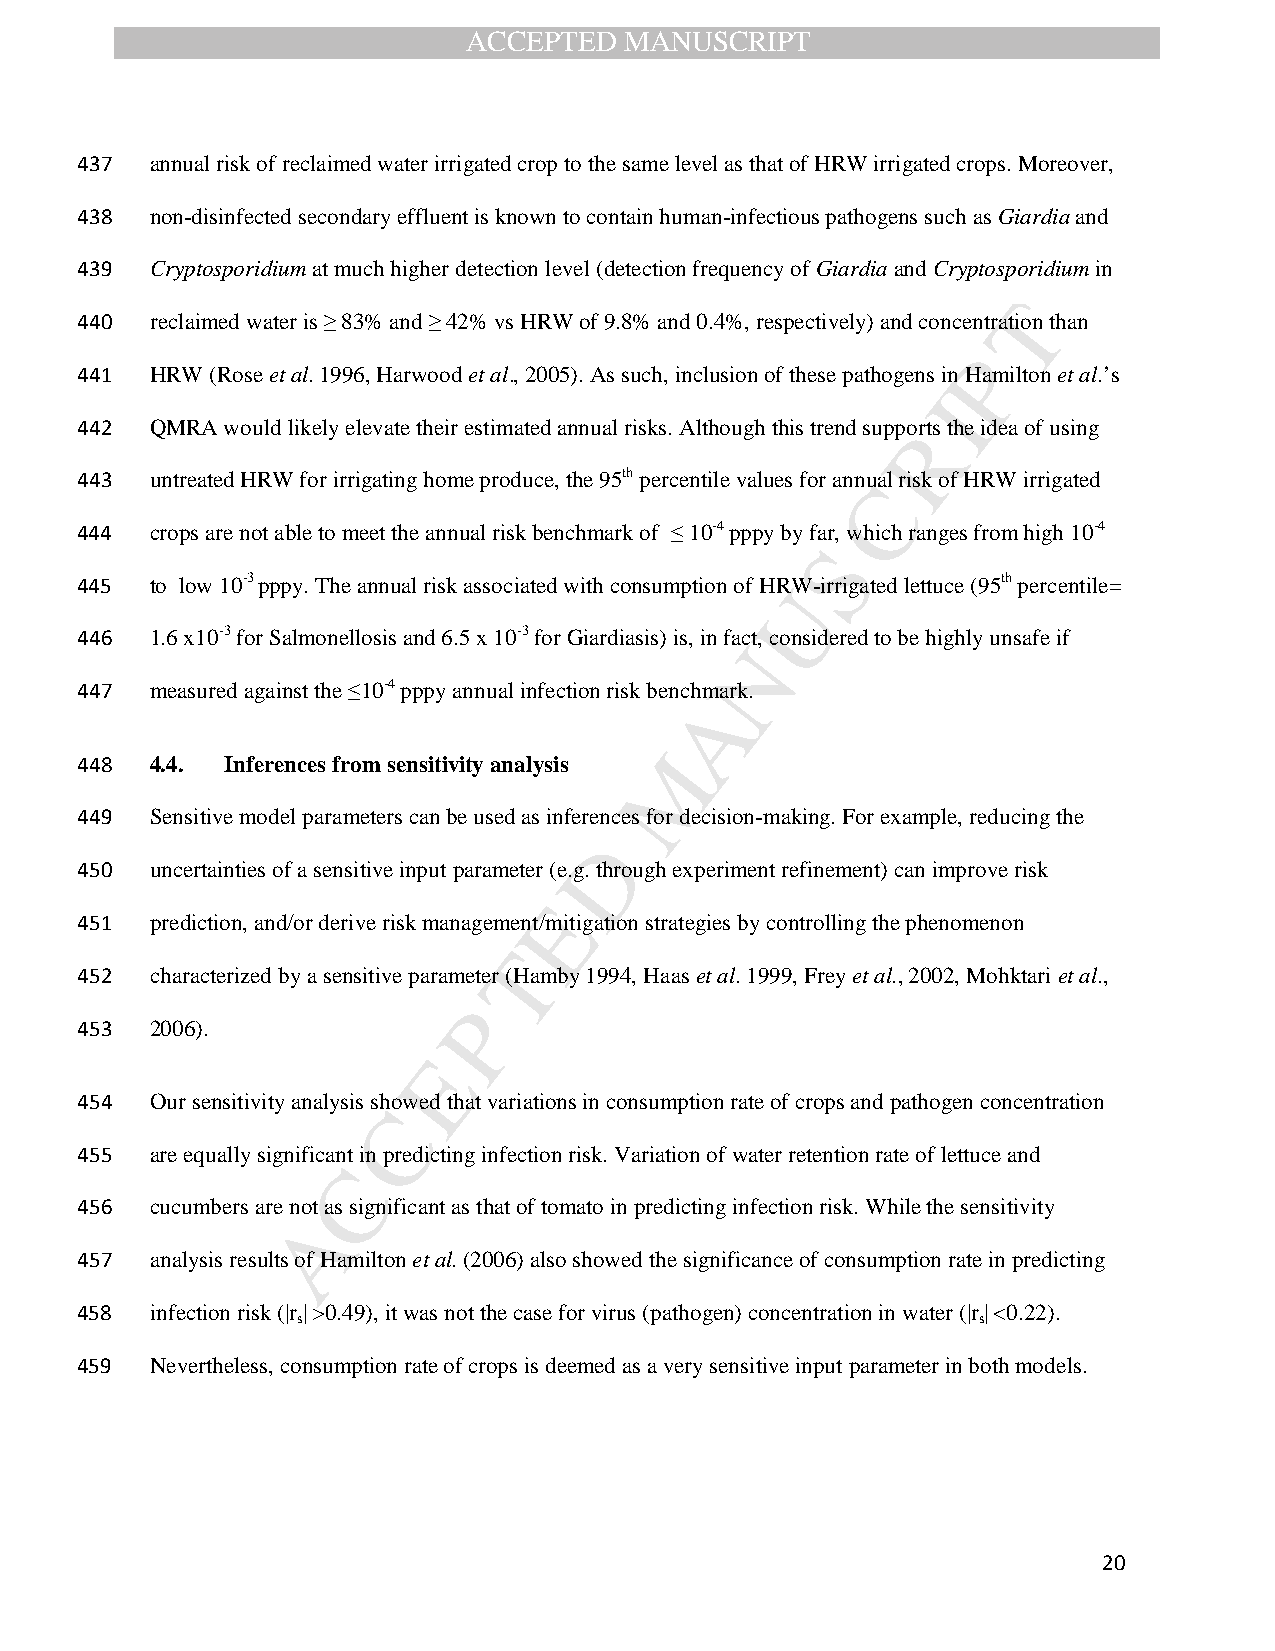
ACCEPTED  MANUSCRIPT
 437  annual risk of reclaimed water irrigated crop to the same level as that of HRW irrigated crops. Moreover,
 438  non-disinfected secondary effluent is known to contain human-infectious pathogens such as Giardia and
 439  Cryptosporidium at much higher detection level (detection frequency of Giardia and Cryptosporidium in
 T
 440  reclaimed water is ≥ 83% and ≥ 42% vs HRW of 9.8% and 0.4%, respectively) and concentration than
 P
 441  HRW (Rose et al. 1996, Harwood et al., 2005). As such, inclusion of these pathogens in Hamilton et al.’s
 I
 442  QMRA would likely elevate their estimated annual risks. Although this trend suppoRrts the idea of using
 443  untreated HRW for irrigating home produce, the 95th percentile values for annuCal risk of HRW irrigated
 444  crops are not able to meet the annual risk benchmark of ≤ 10-4 pppy by far, which ranges from high 10-4
 S
 445  to low 10-3 pppy. The annual risk associated with consumption of HRUW-irrigated lettuce (95th percentile=
 446  1.6 x10-3 for Salmonellosis and 6.5 x 10-3 for Giardiasis) is, in fact, considered to be highly unsafe if
 N
 447  measured against the ≤10-4 pppy annual infection risk benchmark.
 A
 M
 448  4.4. Inferences from sensitivity analysis
 449  Sensitive model parameters can be used as inferen ces for decision-making. For example, reducing the
 D
 450  uncertainties of a sensitive input parameter (e.g. through experiment refinement) can improve risk
 E
 451  prediction, and/or derive risk management/mitigation strategies by controlling the phenomenon
 T
 452  characterized by a sensitive parameter (Hamby 1994, Haas et al. 1999, Frey et al., 2002, Mohktari et al.,
 P
 453  2006).
 E
 454  Our sensitivity analysis showed that variations in consumption rate of crops and pathogen concentration
 C
 455  are equally significant in predicting infection risk. Variation of water retention rate of lettuce and
 C
 456  cucumbers are not as significant as that of tomato in predicting infection risk. While the sensitivity
 A
 457  analysis results of Hamilton et al. (2006) also showed the significance of consumption rate in predicting
 458  infection risk (|r| >0.49), it was not the case for virus (pathogen) concentration in water (|r| <0.22).
 s                                            s
 459  Nevertheless, consumption rate of crops is deemed as a very sensitive input parameter in both models.
 20